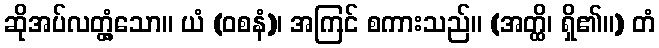
ဆိုအပ်လတ္တံ့သော။ ယံ (ဝစနံ)၊ အကြင် စကားသည်။ (အတ္ထိ၊ ရှိ၏။) တံ